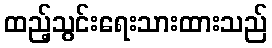
ထည့်သွင်းရေးသားထားသည်